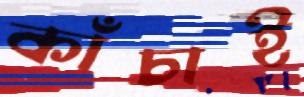
কাঁচাই